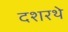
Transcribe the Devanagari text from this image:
दशरथे